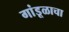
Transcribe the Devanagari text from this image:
गांडूळाचा